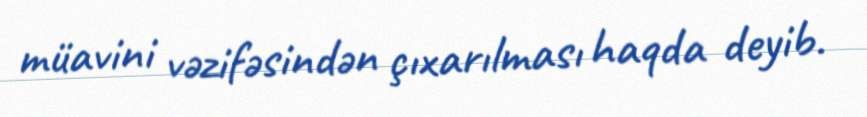
müavini vəzifəsindən çıxarılması haqda deyib.